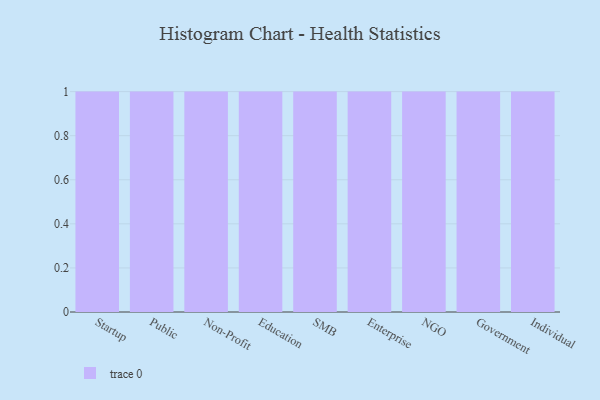
{"axis": {"x": "Segment", "y": "Inventory Turnover"}, "legend": [""], "data": [{"x": "Startup", "y": 14, "type": ""}, {"x": "Public", "y": 56, "type": ""}, {"x": "Non-Profit", "y": 66, "type": ""}, {"x": "Education", "y": 18, "type": ""}, {"x": "SMB", "y": 64, "type": ""}, {"x": "Enterprise", "y": 32, "type": ""}, {"x": "NGO", "y": 60, "type": ""}, {"x": "Government", "y": 4, "type": ""}, {"x": "Individual", "y": 33, "type": ""}]}